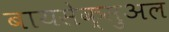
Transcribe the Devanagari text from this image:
बायसेक्सुअल